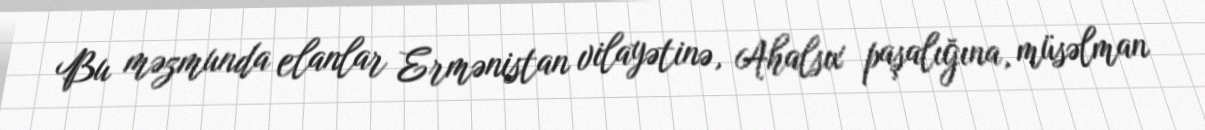
Bu məzmunda elanlar Ermənistan vilayətinə, Ahalsıx paşalığına, müsəlman